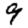
Digit: 9